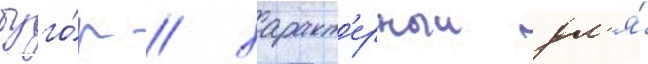
буго́р / характ'ерныи дл'я́